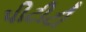
પીટીટી